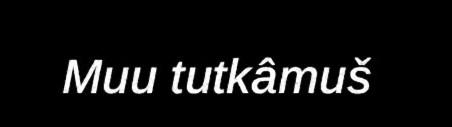
Muu tutkâmuš